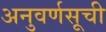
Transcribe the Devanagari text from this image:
अनुवर्णसूची